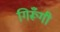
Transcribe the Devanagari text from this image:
गिरूँगी